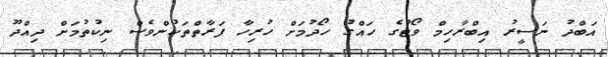
އަބްދު ނަސީރު އިބްރާހިމް ވޯޓުގެ ހައްގު ހޯދުމަށް ހުރިހާ ފަރާތްތަކުންވެސް ނިކުތުމަށް ދިއްދޫ